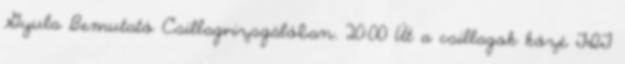
Gyula Bemutató Csillagvizsgálóban. 20:00 Út a csillagok közé TIT